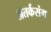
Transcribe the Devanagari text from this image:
अतर्कसंग